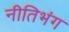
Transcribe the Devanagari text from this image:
नीतिभंग